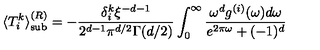
\langle T _ { i } ^ { k } \rangle _ { { \mathrm { s u b } } } ^ { ( R ) } = - \frac { \delta _ { i } ^ { k } \xi ^ { - d - 1 } } { 2 ^ { d - 1 } \pi ^ { d / 2 } \Gamma ( d / 2 ) } \int _ { 0 } ^ { \infty } \frac { \omega ^ { d } g ^ { ( i ) } ( \omega ) d \omega } { e ^ { 2 \pi \omega } + ( - 1 ) ^ { d } }